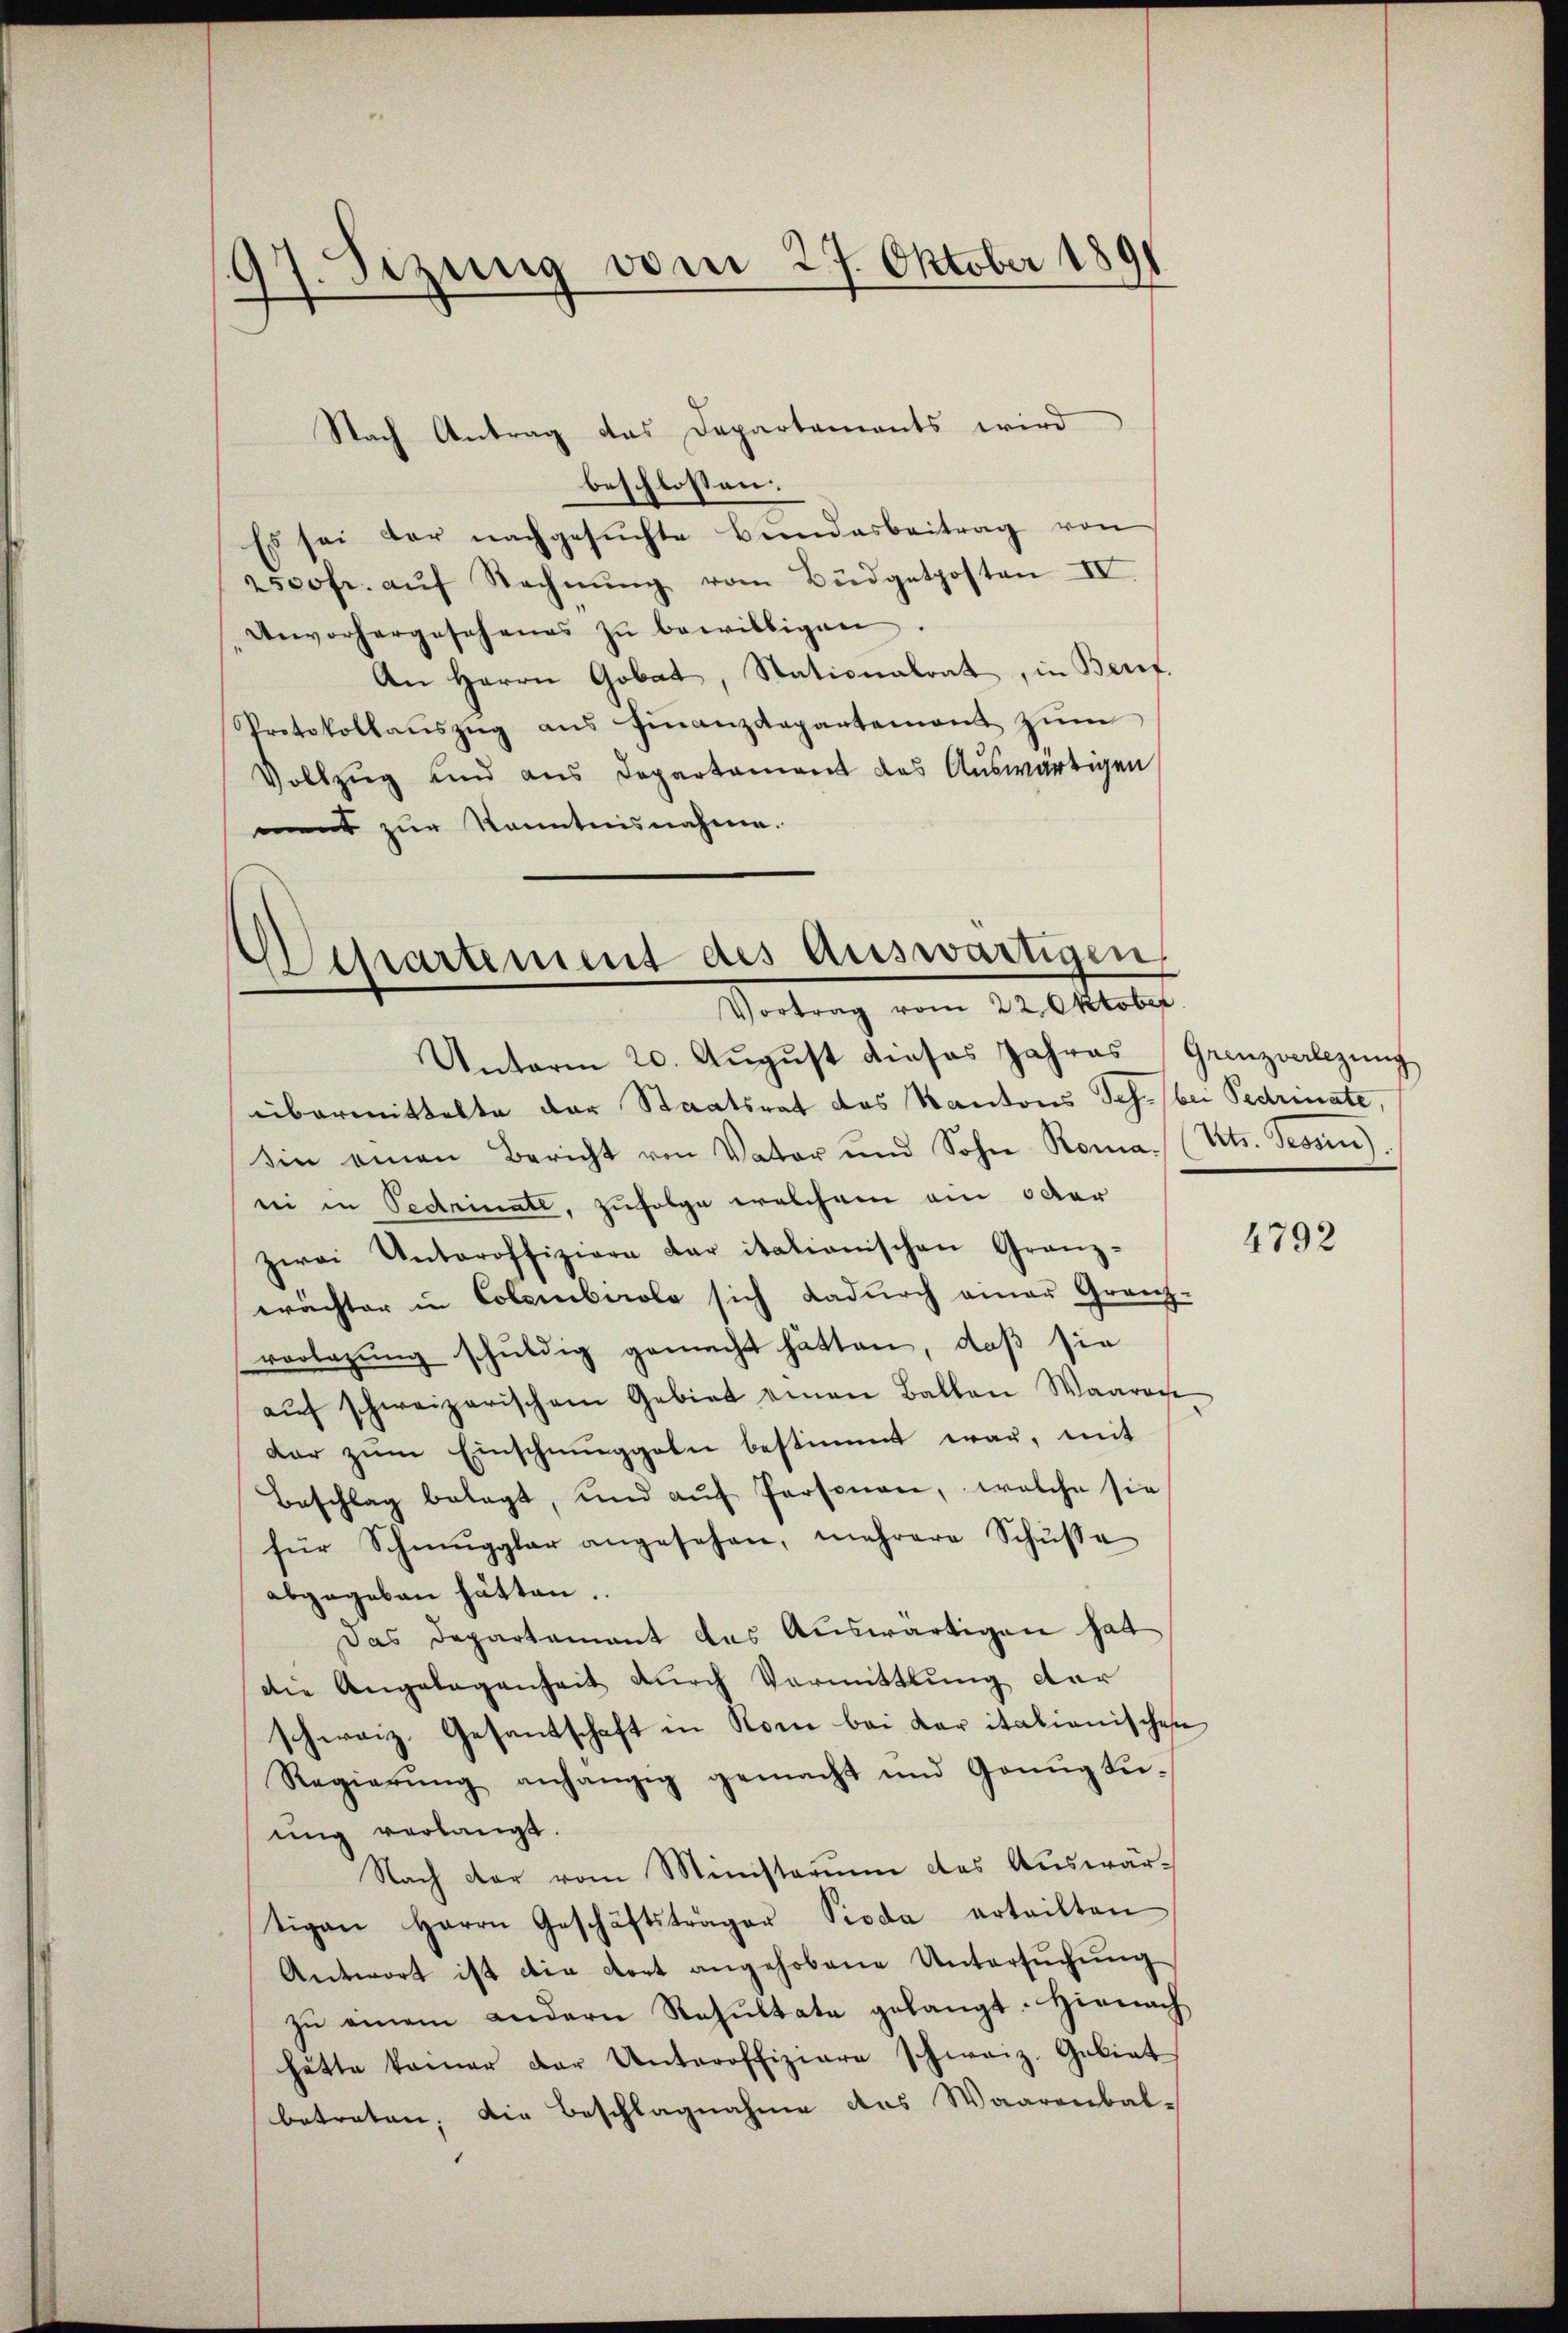
97. Sizung vom 27. Oktober 1891
—

Nach Antrag das Departements wird
beschlossen:
Es sei der nachgesŭchte Bundesbeitrag von
2500fr. aŭf Rechnŭng vom Büdgetposten IV.
Unvorhergesehenes zŭ bewilligen.
An Herrn Gobat, Stationalrat, in Beref.
Protokollaŭszŭg ans Finanzdepartement zŭm
Vollzug und aus Departament das Auswärtigen
ment zur Kenntnisnahme.

Departement des Auswärtigen
Vortrag vom 22. Oktober

Unterm 20. Aŭgŭst dieses Jahres Grenzverlegŭng
übermittelte der Staatsrat des Kantons Jes. bei Pedrinate,
sin einen Bericht von Vater und Sohn Roma. (Vits. Tessin)
ei in Bedinate, zufolge welchem am oder
zwei Unteroffiziere dar itationischen Granz-
wächter in Colombirole sich dadurch einer Granz-
vorlegung schuldig gemacht hätten, daß sie
aŭf schweizerischem Gebiet einen Ballen Waaren
dar zum Einschnunggeln bestimmt war, mit
Beschlag belegt, und aŭf Personen, welche sie
für Schmuggler angesehen, mehrere Schŭsse
abgegeben hätten.
Das Departement des Auswärtigen hat
die Angelegenheit durch Vormittlung der
schweiz. Gesantschaft in Rom bei Caritationischen
Regierŭng anhängig gemacht und Genugtu-
ung verlangt.
Nach dar vom Ministerum des Auswärtigen Herrn Geschäftsträger Pioda erteilten
Antwort ist die dort angehobene Untersuchung
zŭ einem andern Resultate gelangt. Hienach
hätte keiner der Unteroffiziare schweiz. Gebiet
betreten, die Beschlagnahme des Waarenbal-

4792